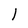
Character: l